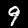
Label: 9